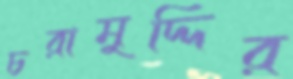
চরামুদ্দির